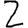
Digit: 2